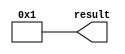
// megafunction wizard: %LPM_CONSTANT%
// GENERATION: STANDARD
// VERSION: WM1.0
// MODULE: lpm_constant 

// ============================================================
// Megafunction Name(s):
// 			lpm_constant
//
// Simulation Library Files(s):
// 			
// ============================================================
// ************************************************************
// THIS IS A WIZARD-GENERATED FILE. DO NOT EDIT THIS FILE!
//
// 7.2 Build 151 09/26/2007 SJ Full Version
// ************************************************************


//Copyright (C) 1991-2007 Altera Corporation
//Your use of Altera Corporation's design tools, logic functions 
//and other software and tools, and its AMPP partner logic 
//functions, and any output files from any of the foregoing 
//(including device programming or simulation files), and any 
//associated documentation or information are expressly subject 
//to the terms and conditions of the Altera Program License 
//Subscription Agreement, Altera MegaCore Function License 
//Agreement, or other applicable license agreement, including, 
//without limitation, that your use is for the sole purpose of 
//programming logic devices manufactured by Altera and sold by 
//Altera or its authorized distributors.  Please refer to the 
//applicable agreement for further details.


//lpm_constant CBX_AUTO_BLACKBOX="ALL" ENABLE_RUNTIME_MOD="NO" LPM_CVALUE=1 LPM_WIDTH=32 result
//VERSION_BEGIN 7.2 cbx_lpm_constant 2006:12:21:09:16:46:SJ cbx_mgl 2007:08:03:15:48:12:SJ  VERSION_END
// synthesis VERILOG_INPUT_VERSION VERILOG_2001
// altera message_off 10463


//synthesis_resources = 
//synopsys translate_off
`timescale 1 ps / 1 ps
//synopsys translate_on
module  const1_lpm_constant_cm8
	( 
	result) /* synthesis synthesis_clearbox=1 */;
	output   [31:0]  result;


	assign
		result = 32'b00000000000000000000000000000001;
endmodule //const1_lpm_constant_cm8
//VALID FILE


// synopsys translate_off
`timescale 1 ps / 1 ps
// synopsys translate_on
module const1 (
	result)/* synthesis synthesis_clearbox = 1 */;

	output	[31:0]  result;

	wire [31:0] sub_wire0;
	wire [31:0] result = sub_wire0[31:0];

	const1_lpm_constant_cm8	const1_lpm_constant_cm8_component (
				.result (sub_wire0));

endmodule

// ============================================================
// CNX file retrieval info
// ============================================================
// Retrieval info: PRIVATE: INTENDED_DEVICE_FAMILY STRING "Cyclone III"
// Retrieval info: PRIVATE: JTAG_ENABLED NUMERIC "0"
// Retrieval info: PRIVATE: JTAG_ID STRING "NONE"
// Retrieval info: PRIVATE: Radix NUMERIC "10"
// Retrieval info: PRIVATE: SYNTH_WRAPPER_GEN_POSTFIX STRING "0"
// Retrieval info: PRIVATE: Value NUMERIC "1"
// Retrieval info: PRIVATE: nBit NUMERIC "32"
// Retrieval info: CONSTANT: LPM_CVALUE NUMERIC "1"
// Retrieval info: CONSTANT: LPM_HINT STRING "ENABLE_RUNTIME_MOD=NO"
// Retrieval info: CONSTANT: LPM_TYPE STRING "LPM_CONSTANT"
// Retrieval info: CONSTANT: LPM_WIDTH NUMERIC "32"
// Retrieval info: USED_PORT: result 0 0 32 0 OUTPUT NODEFVAL result[31..0]
// Retrieval info: CONNECT: result 0 0 32 0 @result 0 0 32 0
// Retrieval info: LIBRARY: lpm lpm.lpm_components.all
// Retrieval info: GEN_FILE: TYPE_NORMAL const1.v TRUE
// Retrieval info: GEN_FILE: TYPE_NORMAL const1.inc FALSE
// Retrieval info: GEN_FILE: TYPE_NORMAL const1.cmp FALSE
// Retrieval info: GEN_FILE: TYPE_NORMAL const1.bsf TRUE
// Retrieval info: GEN_FILE: TYPE_NORMAL const1_inst.v TRUE
// Retrieval info: GEN_FILE: TYPE_NORMAL const1_bb.v TRUE